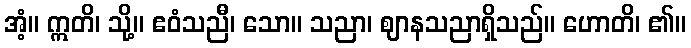
အံ့။ ဣတိ၊ သို့။ ဧဝံသညီ၊ သော။ သညာ၊ ဈာနသညာရှိသည်။ ဟောတိ၊ ၏။